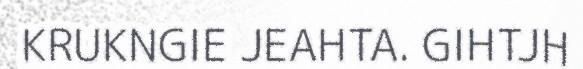
KRUKNGIE JEAHTA. GIHTJH